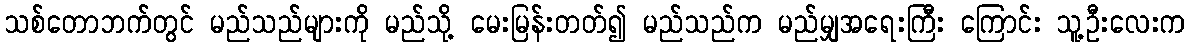
သစ်တောဘက်တွင် မည်သည်များကို မည်သို့ မေးမြန်းတတ်၍ မည်သည်က မည်မျှအရေးကြီး ကြောင်း သူ့ဦးလေးက